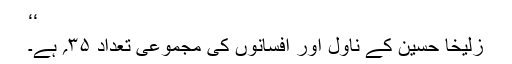
‘‘
زُلیخا حُسین کے ناول اور افسانوں کی مجموعی تعداد ۳۵؍ ہے۔